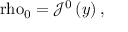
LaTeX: \mathrm { \ r h o } _ { 0 } = \mathcal { J } ^ { 0 } \left( y \right) ,